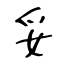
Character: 妥